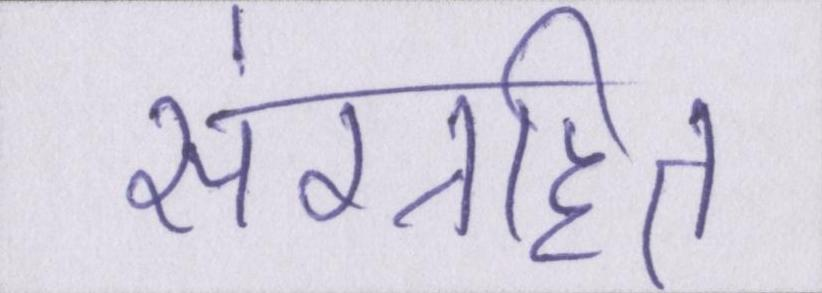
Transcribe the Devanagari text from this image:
संग्रहित